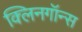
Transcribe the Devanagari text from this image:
क्लिनगॉन्स